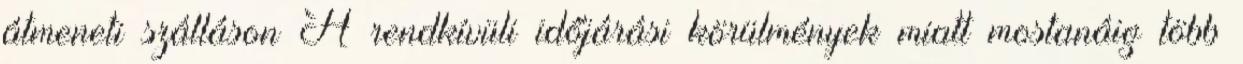
átmeneti szálláson A rendkívüli időjárási körülmények miatt mostanáig több